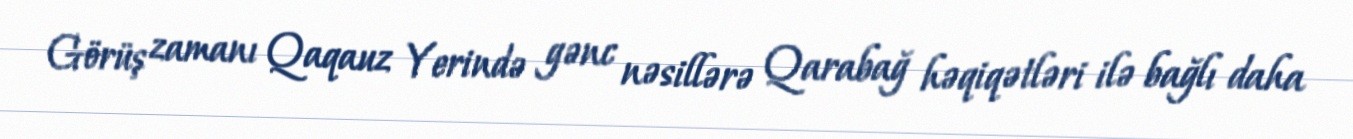
Görüş zamanı Qaqauz Yerində gənc nəsillərə Qarabağ həqiqətləri ilə bağlı daha